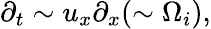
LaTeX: \partial_{t}\sim u_{x}\partial_{x}(\sim\Omega_{i}),